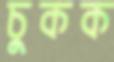
চুকক